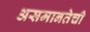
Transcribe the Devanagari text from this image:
असमानतेची